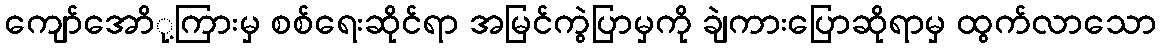
ကျော်အောို့ကြားမှ စစ်ရေးဆိုင်ရာ အမြင်ကွဲပြာမှကို ချဲကားပြောဆိုရာမှ ထွက်လာသော